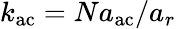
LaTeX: k_{\mathrm{ac}}=Na_{\mathrm{ac}}/a_{r}